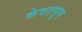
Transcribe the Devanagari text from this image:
केवतसुम